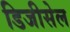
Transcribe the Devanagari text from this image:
डिजीसेल